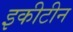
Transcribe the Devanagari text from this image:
इकीटीन